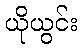
ယိုယွင်း